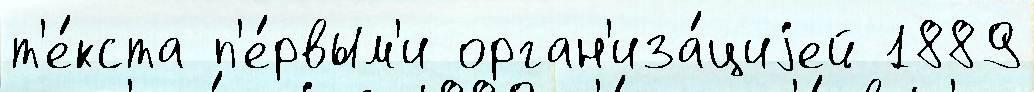
т'е́кста п'е́рвым'и орган'иза́циjей 1889